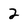
Character: 2